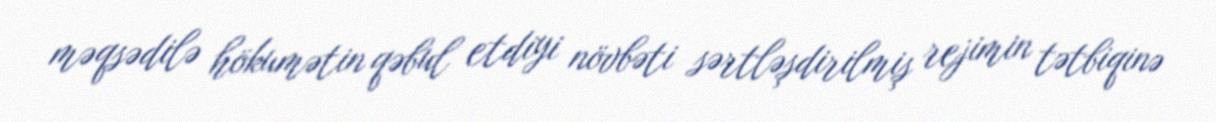
məqsədilə hökumətin qəbul etdiyi növbəti sərtləşdirilmiş rejimin tətbiqinə